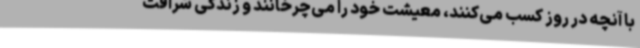
با آنچه در روز کسب می‌کنند، معیشت خود را می‌چرخانند و زندگی شرافت